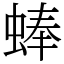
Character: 蜯